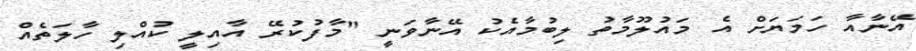
އޭނާއާ ހަމަޔަށް އެ މައުލޫމާތު ލިބުމާއެކު އޭނާވަނީ "މާފުކުރޭ އާއިލީ ކުއްލި ހާލަތެއް